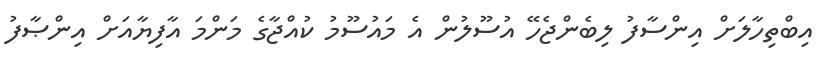
އިބްތިހާލަށް އިންސާފު ލިބެންޖެހޭ އުސޫލުން އެ މައުސޫމު ކުއްޖާގެ މަންމަ އާފިޔާއަށް އިންޞާފު